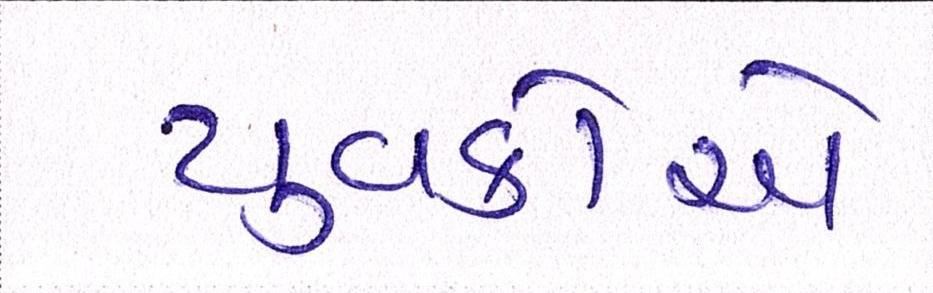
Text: યુવકોએ